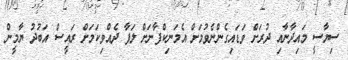
ސިޔާސީ މައިދާނާއި ދުރަށް ވަޑައިގެންނެވުމަށް އެމަނިކްފާނަށް ލަފާ ދެއްވިކަމަށް ރައީސް އަބުދު ޔާމީން